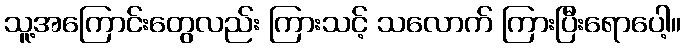
သူ့အကြောင်းတွေလည်း ကြားသင့် သလောက် ကြားပြီးရောပေါ့။